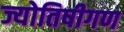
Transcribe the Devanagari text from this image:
ज्योतिषीगण